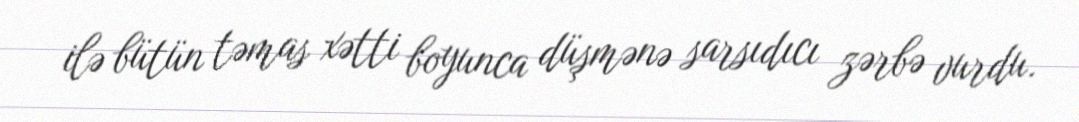
ilə bütün təmas xətti boyunca düşmənə sarsıdıcı zərbə vurdu.